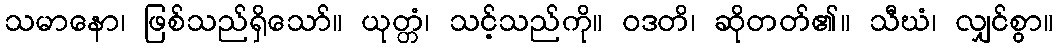
သမာနော၊ ဖြစ်သည်ရှိသော်။ ယုတ္တံ၊ သင့်သည်ကို။ ဝဒတိ၊ ဆိုတတ်၏။ သီဃံ၊ လျှင်စွာ။